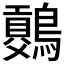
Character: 𪅷